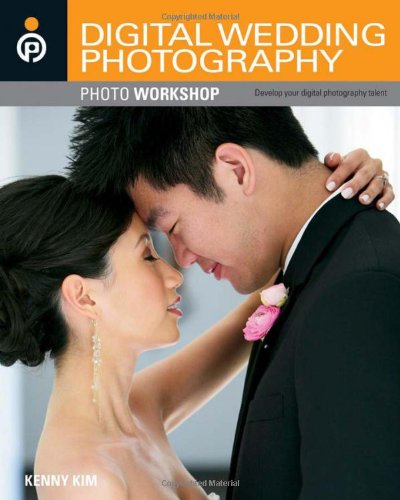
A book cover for Digital Wedding Photography Photo Workshop; Kenny Kim; Crafts, Hobbies & Home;